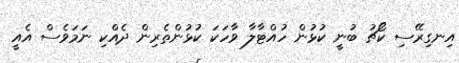
އިނގިރޭސި ކޯޗު ބުނީ ކުޅުން ހުއްޓާލާ ވާހަކަ ކުޅުންތެރިން ދެއްކި ނަމަވެސް އެއީ